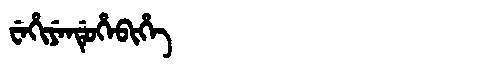
Manchu: ᠸᡝᡥᡳᠶᡝᠨᡩᡠᡥᡝᠪᡳᡥᡝ
Romanization: WEHIYENDUHEBIHE